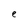
Character: e